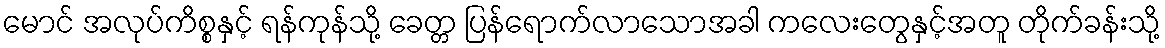
မောင် အလုပ်ကိစ္စနှင့် ရန်ကုန်သို့ ခေတ္တ ပြန်ရောက်လာသောအခါ ကလေးတွေနှင့်အတူ တိုက်ခန်းသို့